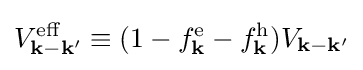
V_{\mathbf {k} -\mathbf {k'} }^{\mathrm {eff} }\equiv (1-f_{\mathbf {k} }^{\mathrm {e} }-f_{\mathbf {k} }^{\mathrm {h} })V_{\mathbf {k} -\mathbf {k'} }